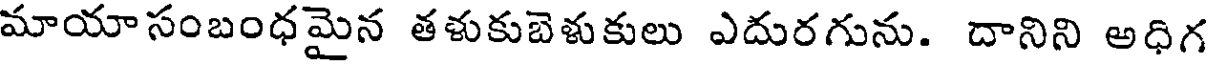
మాయా సంబంధమైన తళుకుబెళుకులు ఎదురగును. దానిని అధిగ